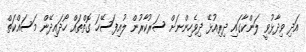
އަދި ވިދާޅުވީ ލަންކާގައި ދިރިއުޅޭ ދިވެހިންނަށް ސަރުކާރުން ލުއިފަސޭހަ ގޮތްތައް ހޯދައިދޭން މަސައްކަތް